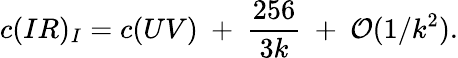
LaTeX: c(IR)_{I}=c(UV)~+~{\frac{256}{3k}}~+~{\cal O}(1/k^{2}).